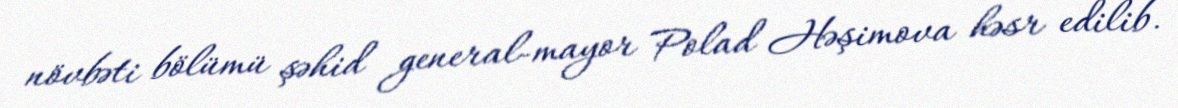
növbəti bölümü şəhid general-mayor Polad Həşimova həsr edilib.